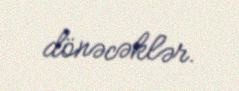
dönəcəklər.